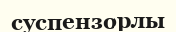
суспензорлы